Materia medica of Madras volume I
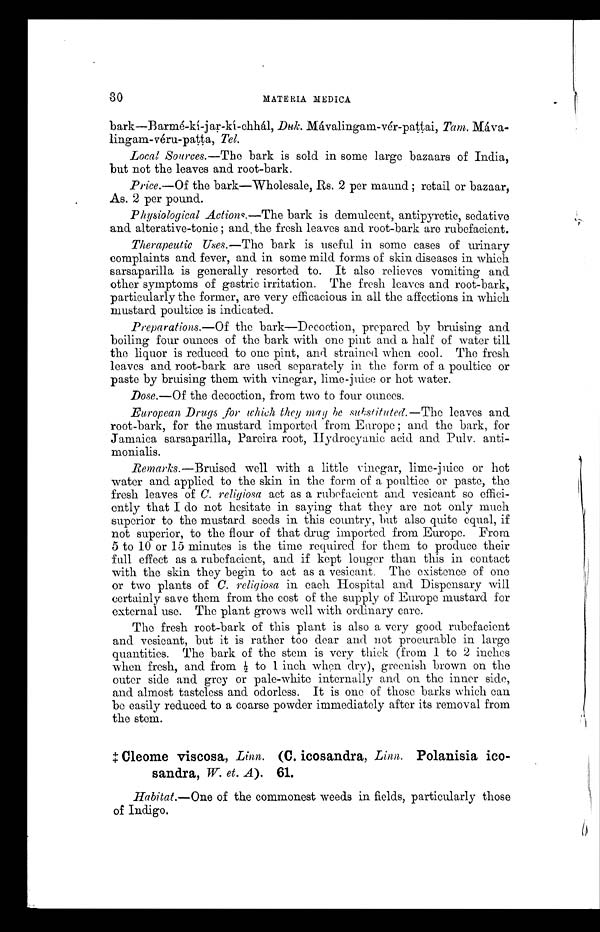
30
MATERIA MEDICA
bark—Barmé-ki-jar-ki-chhál, Duk. Mávalingam-vér-pattai, Tam.
Mávalingam-véru-patta, Tel.
Local Sources.—The bark is sold in some large bazaars of India,
but not the leaves and root-bark.
Price.—Of the bark—Wholesale, Rs. 2 per maund ; retail or bazaar,
As. 2 per pound.
Physiological Actions.—The bark is demulcent, antipyretic, sedative
and alterative-tonic ; and . the fresh leaves and root-bark are rubefacient.
Therapeutic Uses.—The bark is useful in some cases of urinary
complaints and fever, and in some mild forms of skin diseases in which
sarsaparilla is generally resorted to. It also relieves vomiting and
other symptoms of gastric irritation. The fresh leaves and root-bark,
particularly the former, are very efficacious in all the affections in which
mustard poultice is indicated.
Preparations.—Of the bark—Decoction, prepared. by bruising and
boiling four ounces of the bark with one pint and a half of water till
the liquor is reduced to one pint, and strained when cool. The fresh
leaves and root-bark are used separately in the form of a poultice or
paste by bruising them with vinegar, lime-juice or hot water.
Dose.—Of the decoction, from two to four ounces.
European Drugs for which they may he substituted.—The leaves and
root-bark, for the mustard imported from Europe ; and the bark, for
Jamaica sarsaparilla, Pareira root, Hydrocyanic acid and Pulv. anti-
m oni alis.
Remarks.—Bruised well with a little vinegar, lime-juice or hot
water and applied to the skin in the form of a poultice or paste, the
fresh leaves of C. religiosa act as a rubefacient and vesicant so effici-
ently that I do not hesitate in saying that they are not only much
superior to the mustard seeds in this country, but also quite equal, if
not superior, to the flour of that drug imported from Europe. From
5 to 10 or 15 minutes is the time required for them to produce their
full effect as a rubefacient, and if kept longer than this in contact
with the skin they begin to act as a vesicant. The existence of one
or two plants of C. religiosa in each Hospital and Dispensary will
certainly save them from the cost of the supply of Europe mustard for
external use. The plant grows well with ordinary care.
The fresh root-bark of this plant is also a very good rubefacient
and vesicant, but it is rather too dear and not procurable in large
quantities. The bark of the stem is very thick (from 1 to 2 inches
when fresh, and from ½t o 1 i n c h w h e n d r y ) , g r e e n i s h b r o w n o n t h e
outer side and grey or pale-white internally and on the inner side,
and almost tasteless and odorless. It is one of those barks which can
be easily reduced to a coarse powder immediately after its removal from
the stem.
Cleome viscosa, Linn. (C. icosandra, Linn. Polanisia
ico-sandra, W. et. A). 61.
Habitat.—One of the commonest weeds in fields, particularly those
of Indigo.